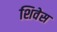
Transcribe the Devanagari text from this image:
शिवेस